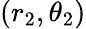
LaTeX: (r_{2},\theta_{2})